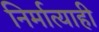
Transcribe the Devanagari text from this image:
निर्मात्याही